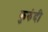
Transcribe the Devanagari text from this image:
कुरुंदी